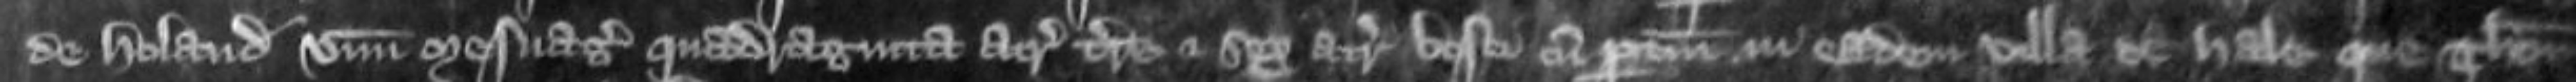
de Holand unum mesuagium quadraginta acras terre et sex acras bosci cum pertinenciis in eadem villa de Hale que Thomas